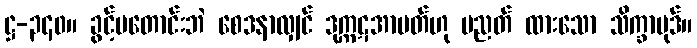
ဋ္ဌ-၃၄၀။ ခွင့်မတောင်းဘဲ စေဒနာလျှင် ဒုက္ကဋအာပတ်ဟု ပညတ် ထားသော သိက္ခာပုဒ်။